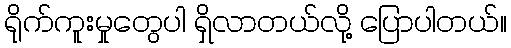
ရိုက်ကူးမှုတွေပါ ရှိလာတယ်လို့ ပြောပါတယ်။